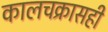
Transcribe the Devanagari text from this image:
कालचक्रासही